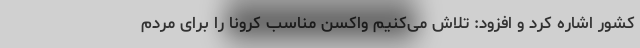
کشور اشاره کرد و افزود: تلاش می‌کنیم واکسن مناسب کرونا را برای مردم